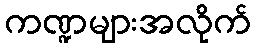
ကဏ္ဍများအလိုက်